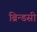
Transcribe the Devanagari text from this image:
ब्रिन्डसी